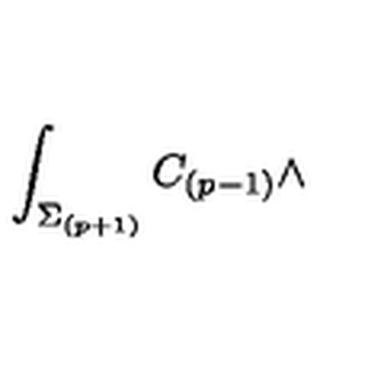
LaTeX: \int _ { \Sigma _ { ( p + 1 ) } } C _ { ( p - 1 ) } \wedge